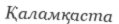
Қаламқаста